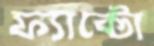
ফ্যাক্টো